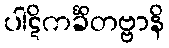
ပါဋိကင်္ခိတဗ္ဗာနိ